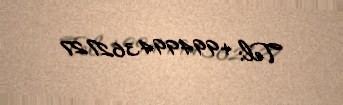
Tel: +994994362727